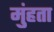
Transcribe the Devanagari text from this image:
मुंहता